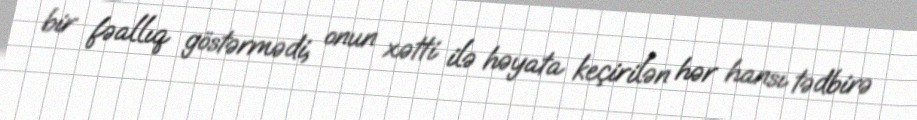
bir fəallıq göstərmədi, onun xətti ilə həyata keçirilən hər hansı tədbirə